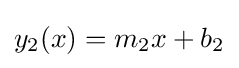
y_{2}(x)=m_{2}x+b_{2}